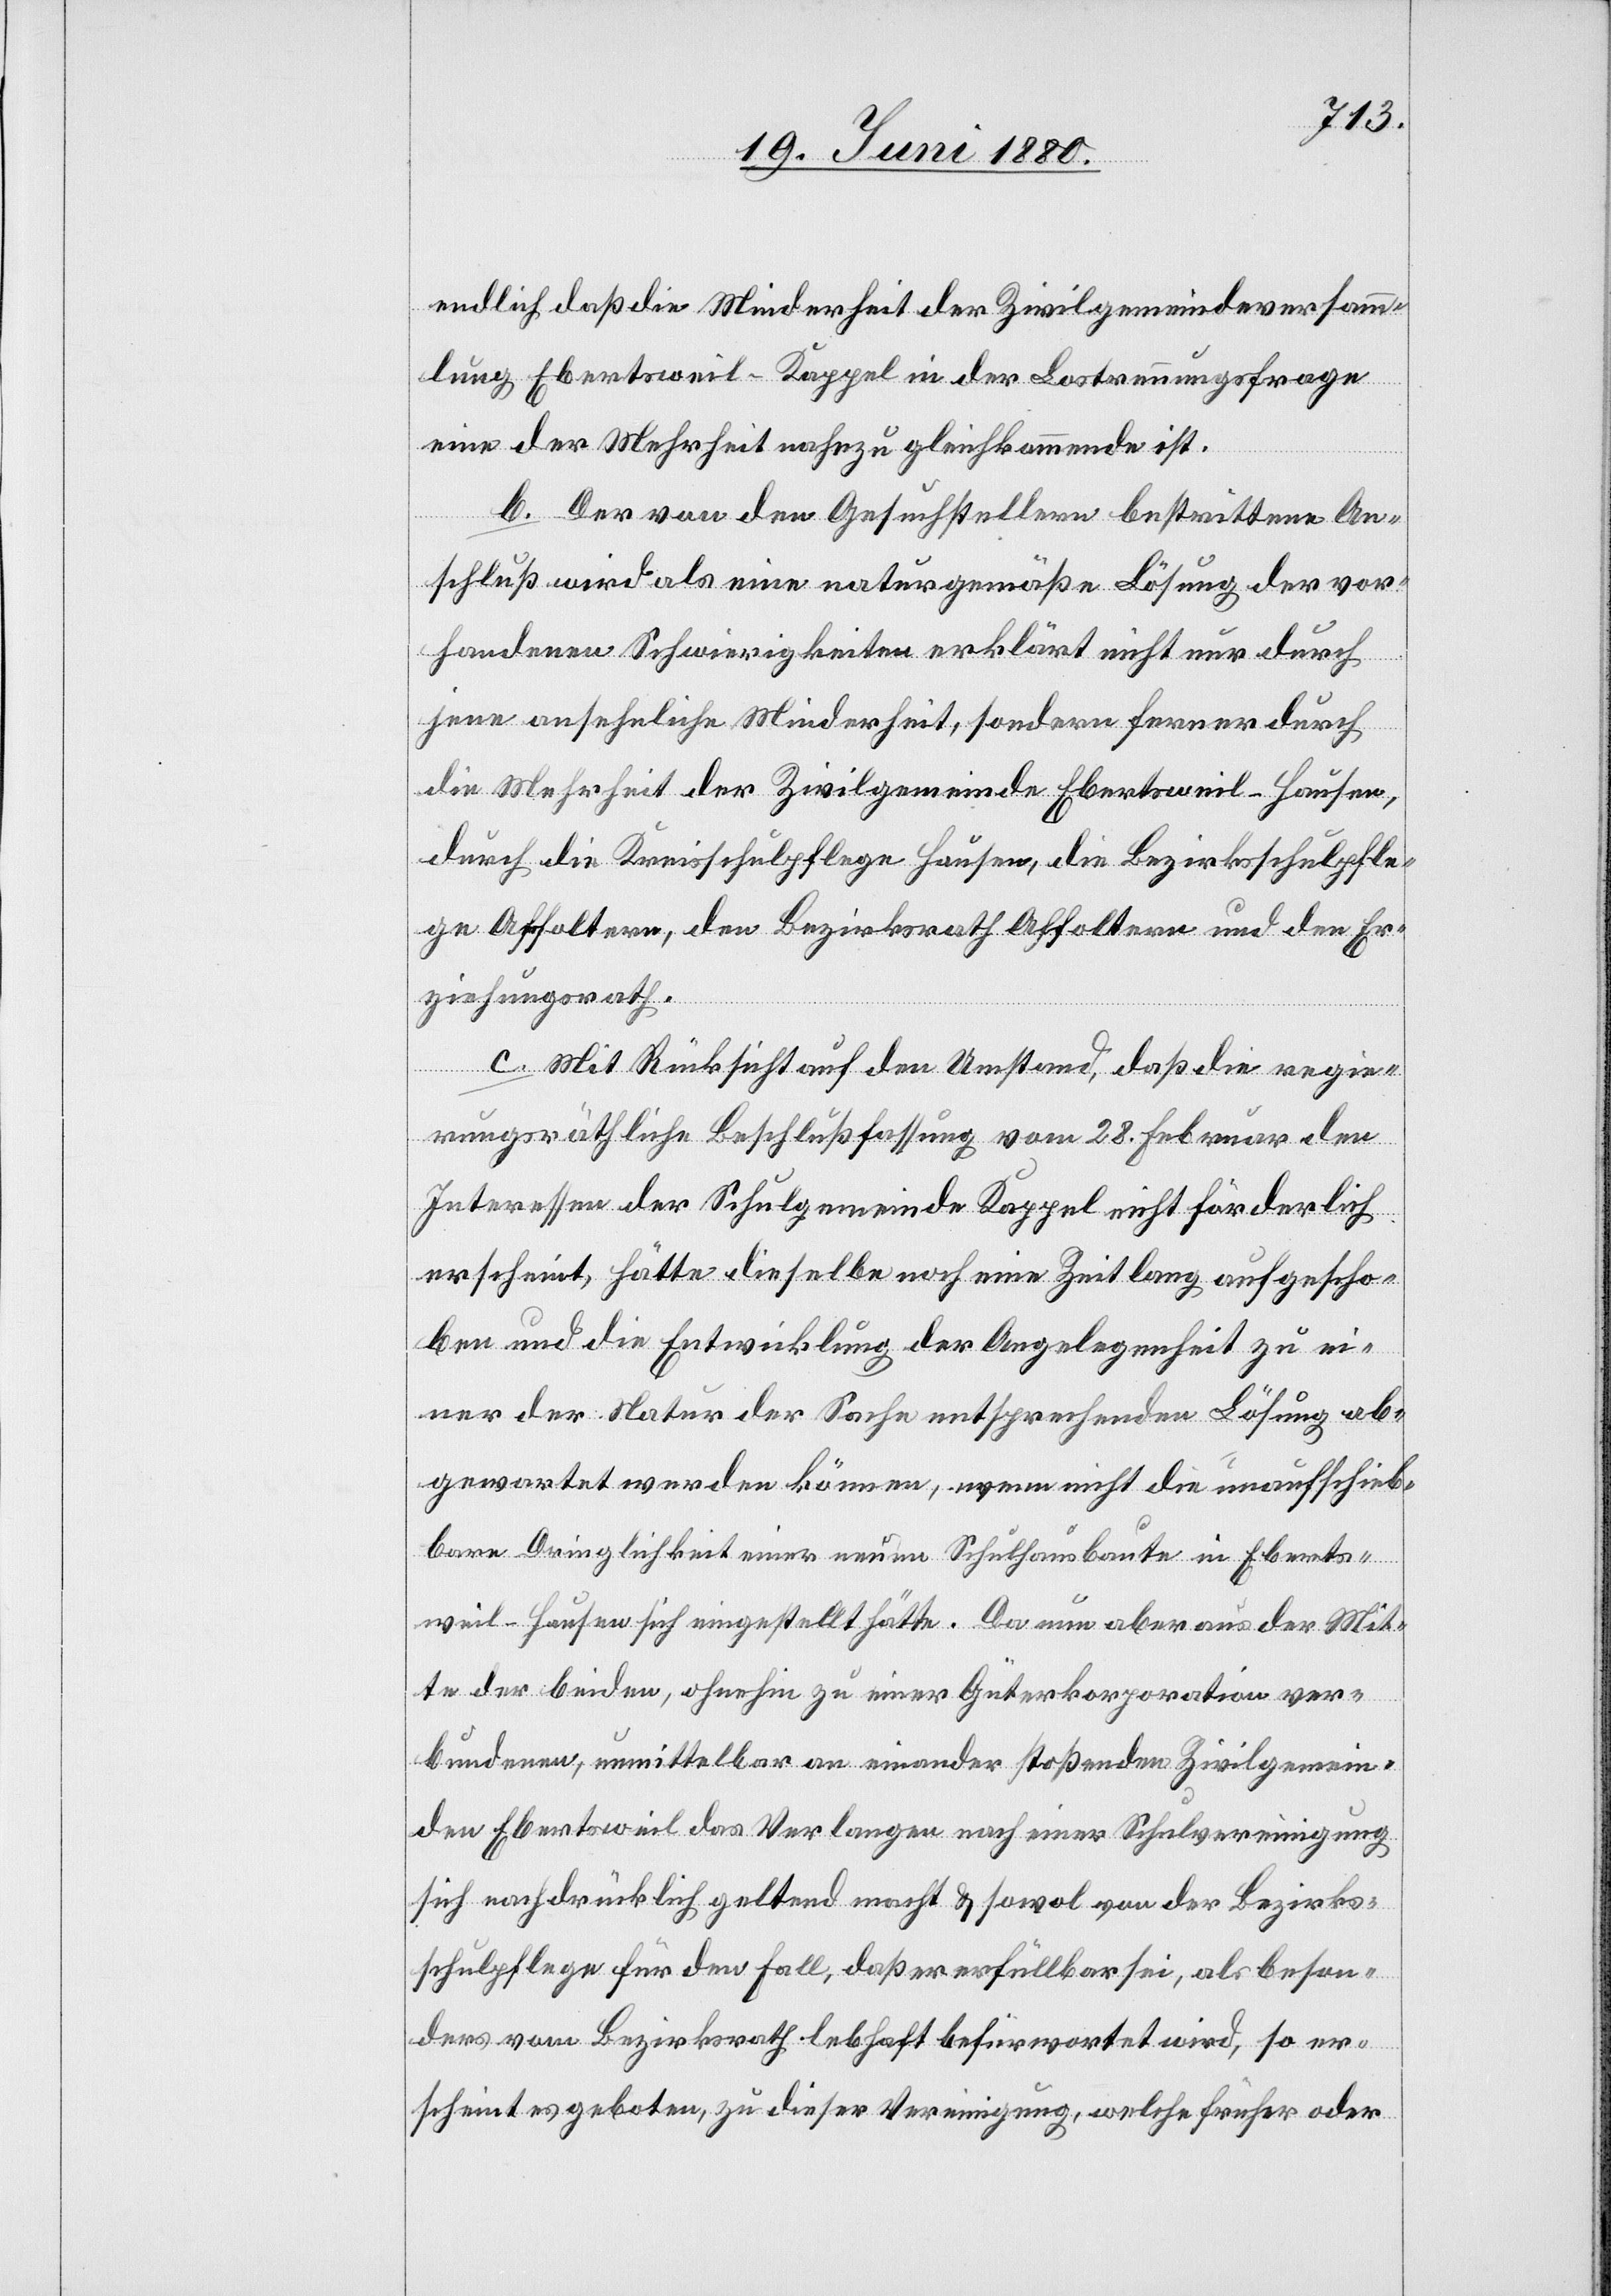
endlich daß die Minderheit der Zivilgemeindeversamm¬
lung Ebertsweil-Kappel in der Lostrennungsfrage
eine der Mehrheit nahezu gleichkommende ist.
b. Der von den Gesuchstellern bestrittene An¬
schluß wird als eine naturgemäße Lösung der vor¬
handenen Schwierigkeiten erklärt nicht nur durch
jene ansehnliche Minderheit, sondern ferner durch
die Mehrheit der Zivilgemeinde Ebertsweil-Hausen,
durch die Kreisschulpflege Hausen, die Bezirksschulpfle¬
ge Affoltern, den Bezirksrath Affoltern und den Er¬
ziehungsrath.
c. Mit Rücksicht auf den Umstand, daß die regie¬
rungsräthliche Beschlußfassung vom 28. Februar den
Interessen der Schulgemeinde Kappel nicht förderlich
erscheint, hätte dieselbe noch eine Zeit lang aufgescho¬
ben und die Entwicklung der Angelegenheit zu ei¬
ner der Natur der Sache entsprechenden Lösung ab¬
gewartet werden können, wenn nicht die unaufschieb¬
bare Dinglichkeit einer neuen Schulhausbaute in Eberts¬
weil-Hausen sich eingestellt hätte. Da nun aber aus der Mit¬
te der beiden, ohnehin zu einer Güterkorporation ver¬
bundenen, unmittelbar an einander stoßenden Zivilgemein¬
den Ebertsweil das Verlangen nach einer Schulvereinigung
sich nachdrücklich geltend macht & sowol von der Bezirks¬
schulpflege für den Fall, daß er erfüllbar sei, als beson¬
ders vom Bezirksrath lebhaft befürwortet wird, so er¬
scheint es geboten, zu dieser Vereinigung, welche früher oder